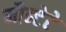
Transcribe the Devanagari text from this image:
मौन्टेरे